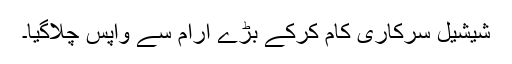
شیشیل سرکاری کام کرکے بڑے آرام سے واپس چلاگیا۔